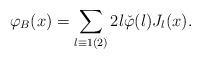
LaTeX: \begin{align*}\varphi_B(x)=\sum_{l\equiv1(2)}2l\check{\varphi}(l)J_l(x).\end{align*}